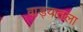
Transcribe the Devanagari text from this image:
वाड्यातला